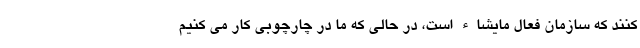
کنند که سازمان فعال مایشاء است، در حالی که ما در چارچوبی کار می کنیم